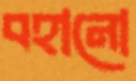
বহানো